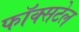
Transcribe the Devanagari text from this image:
फॉक्‍सटेल